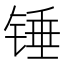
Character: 锤